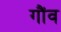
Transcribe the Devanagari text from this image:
गौंव